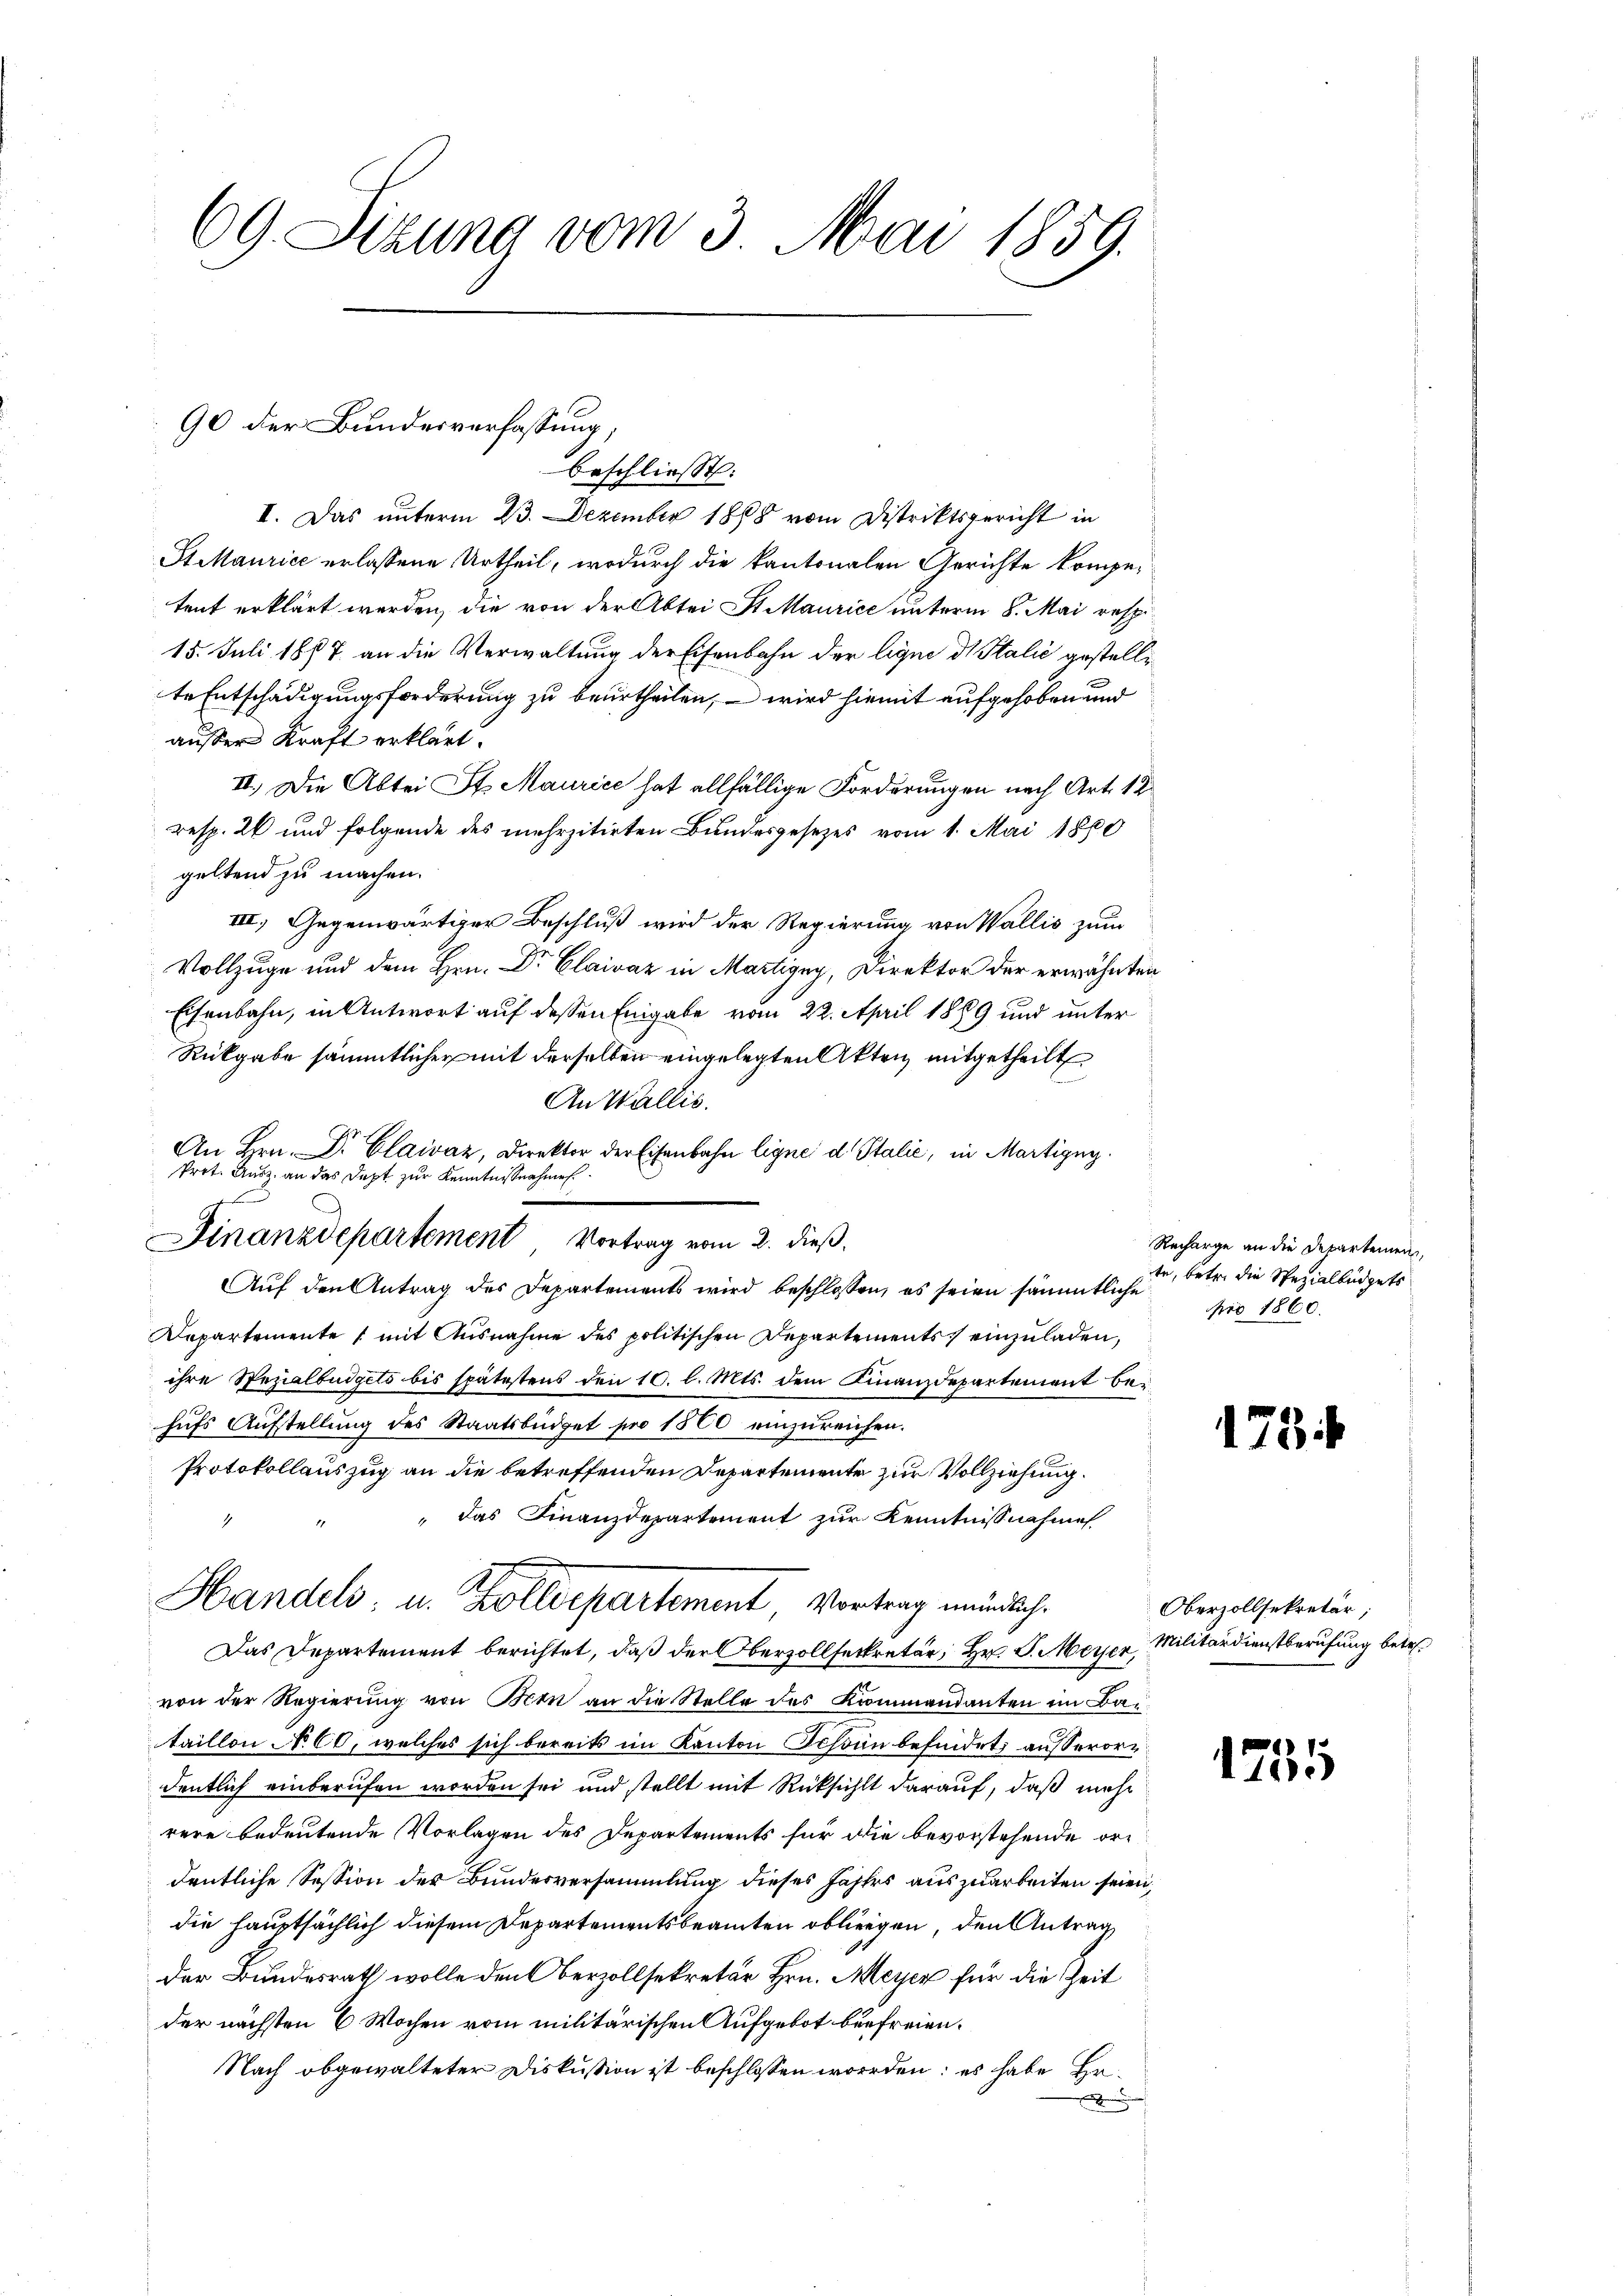
69. Sizung vom 3. Mai 1859.

90 der Bundesverfassung,

beschliesst:
I. Das unterm 23. Dezember 1888 vom Distriktsgericht in
St Maurice erlassene Urtheil, wodurch die kantonalen Gerichte kompetent erklärt werden, die von der Abtei St. Maurice unterm 8. Mai respi¬
15. Juli 1877 an die Verwaltung der Eisenbahn der ligne di Stalić gestelle
te Entschädigungsforderung zu beurtheilen, – wird hiemit aufgehoben und
ausser Kraft erklärt.
II.) Die Abtei St. Maurice hat allfällige Forderungen nach Art. 12
resp. 26 und folgende des mehrzitirten Bundesgesetzes vom 1. Mai 1860
geltend zu machen.
III. Gegenwärtiger Beschluß wird der Regierung von Wallis zum
Vollzuge und dem Hrn. Dr Claivaz in Martigny, Direktor der erwähnten
Eisenbahn, in Antwort auf dessen Eingabe vom 22. April 1889 und unter
Rückgabe sämmtlicher mit derselben eingelegten Akten mitgetheilt
An Wallis.
An Hrn. Dr. Claivaz, Direktor der Eisenbahn ligne d. Stalić, in Martigny
Prit. Ausz. an das Dapt zur Kenntnißnahmes
Finanzdepartement Vortrag vom 2. dieß.
Auf den Antrag des Departements wird beschlossen, es seien sämmtliche
Departemente mit Ausnahme des politischen Departements einzuladen,
ihre Spezialbüdgets bis spätestens den 10. l. Mts. dem Finanzdepartement be¬
26
hufs Aufstellung des Staatsbüdget pro 1860 einzureichen.
Protokollauszug an die betreffenden Departemente zur Vollziehung.
" das Finanzdepartement zur Kenntnisnahme
Handels, u. Zolldepartement Vortrag meinlich
Das Departement berichtet, daß der Oberzollsekretär, Hr. J. Meyer Militärdienstberufung betr.
von der Regierung von Bern an die Stelle des Kommandanten im Baitaillon No 60, welches sich bereits im Kanton Schönn befindet, ausserordentlich einberufen worden sei und stellt mit Rücksicht darauf, daß mehr
rere bedeutende Vorlagen des Departements für die bevorstehende ordeutliche Session des Bundesversammlung dieses Jahrs auszuarbeiten seien,
die hauptsächlich diesem Departementsbeamten obliegen, den Antrag
der Bundesrath wolle den Oberzollsekretär Hrn. Meyer für die Zeit
der nächsten 6 Wochen vom militärischen Aufgebot befreien.
Nach obgewalteter Diskussion ist beschlossen worden; es habe Hr.
.

Recharge an die Departemen,
te, betr. die Spezialbüdgets
pro 1860.

178

Oberzollsekretär,

1755